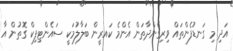
އަދި މި ގަނޑުފެންތައް ވިރިގެންދާތަން އެންމެ ކައރީން ބަލާލުމަކީ ސައެންޓިފިކް ގޮތުން އާ